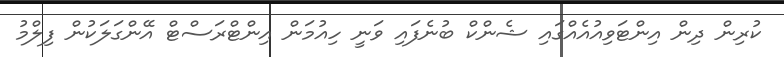
ކުރިން ދިން އިންޓަވިއުއެއްގައި ޝެންކް ބުނެފައި ވަނީ ހިއުމަން އިންޓްރަސްޓް އޭންގަލަކުން ފިލްމު